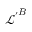
\boldsymbol { \mathcal { L } ^ { \prime } } ^ { B }